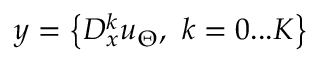
y = \left\{ D _ { x } ^ { k } u _ { \Theta } , \ k = 0 . . . K \right\}